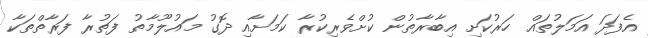
އެފަދަ އަމަލުތައް ހަރުކަށި އިބާރާތުން ކުށްވެރިކުރާ ކަމަށާއި ދޮގު މައުލޫމާތު ފަތުރާ ފަރާތްތަކާ